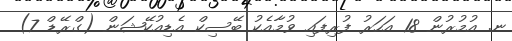
ނ. އުމުރުން 18 އަހަރު ފުރިފައި ވުމާއެކު ބޭސިކް އެޑިއުކޭޝަން (ގްރޭޑް 7)